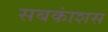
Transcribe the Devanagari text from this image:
सबकांशस